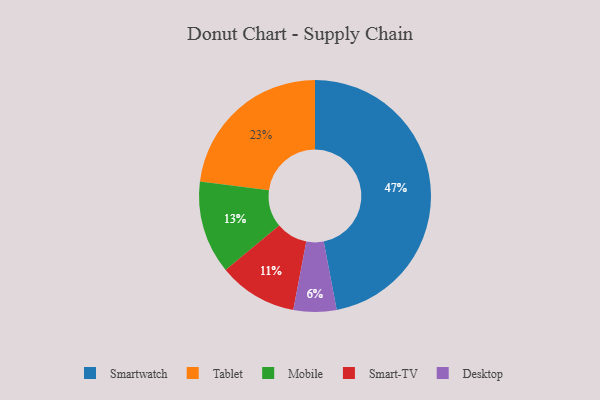
{"axis": {"x": "Category", "y": "Percentage"}, "legend": ["Desktop", "Mobile", "Smart-TV", "Smartwatch", "Tablet"], "data": [{"x": "Desktop", "y": 6, "type": "Desktop"}, {"x": "Mobile", "y": 13, "type": "Mobile"}, {"x": "Smartwatch", "y": 47, "type": "Smartwatch"}, {"x": "Tablet", "y": 23, "type": "Tablet"}, {"x": "Smart-TV", "y": 11, "type": "Smart-TV"}]}